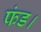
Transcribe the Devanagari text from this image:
फंड।